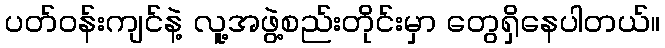
ပတ်ဝန်းကျင်နဲ့ လူ့အဖွဲ့စည်းတိုင်းမှာ တွေရှိနေပါတယ်။